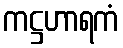
ကဋ္ဌဟာရကံ